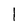
Character: 1